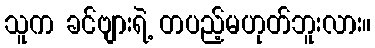
သူက ခင်ဗျားရဲ့ တပည့်မဟုတ်ဘူးလား။